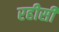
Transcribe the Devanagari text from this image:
रहीसी